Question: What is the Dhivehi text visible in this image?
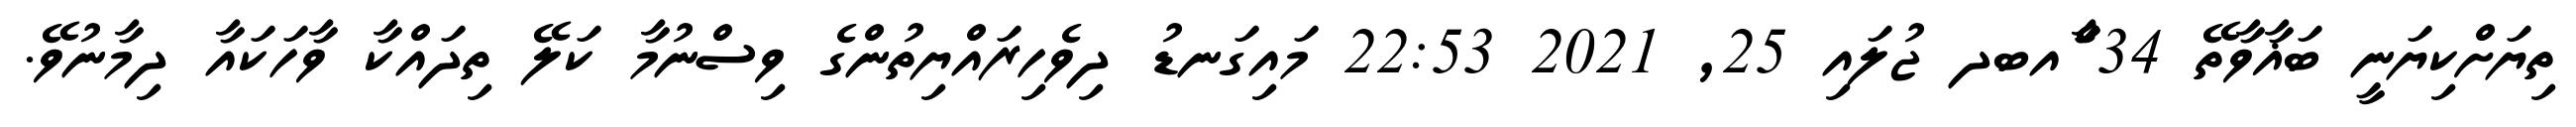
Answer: ތިޔަށްކިޔަނީ ބަޣާވާތޭ 34 ާަެެައބދ ޖުލައި 25, 2021 22:53 މައިގަނޑު ދިވެހިރައްޔިތުންގެ ވިސްނުމާ ކަލޭ ތިދައްކާ ވާހަކައާ ދިމާނުވޭ.